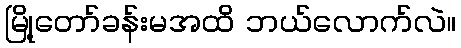
မြို့တော်ခန်းမအထိ ဘယ်လောက်လဲ။